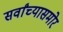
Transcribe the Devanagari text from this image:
सर्वांच्यासमोर